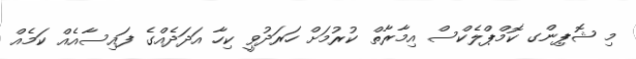
މި ޝޮޕިންގ ކޮމްޕްލެކްސް އިމާރާތް ކުރުމަށް ހަރަދުވީ ކިހާ އަދަދެއްގެ ފައިސާއެއް ކަމެއް